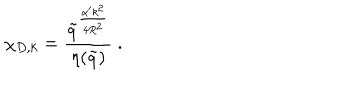
\chi _ { D , k } = \frac { \tilde { q } ^ { \frac { \alpha ^ { \prime } k ^ { 2 } } { 4 R ^ { 2 } } } } { \eta ( \tilde { q } ) } \ .